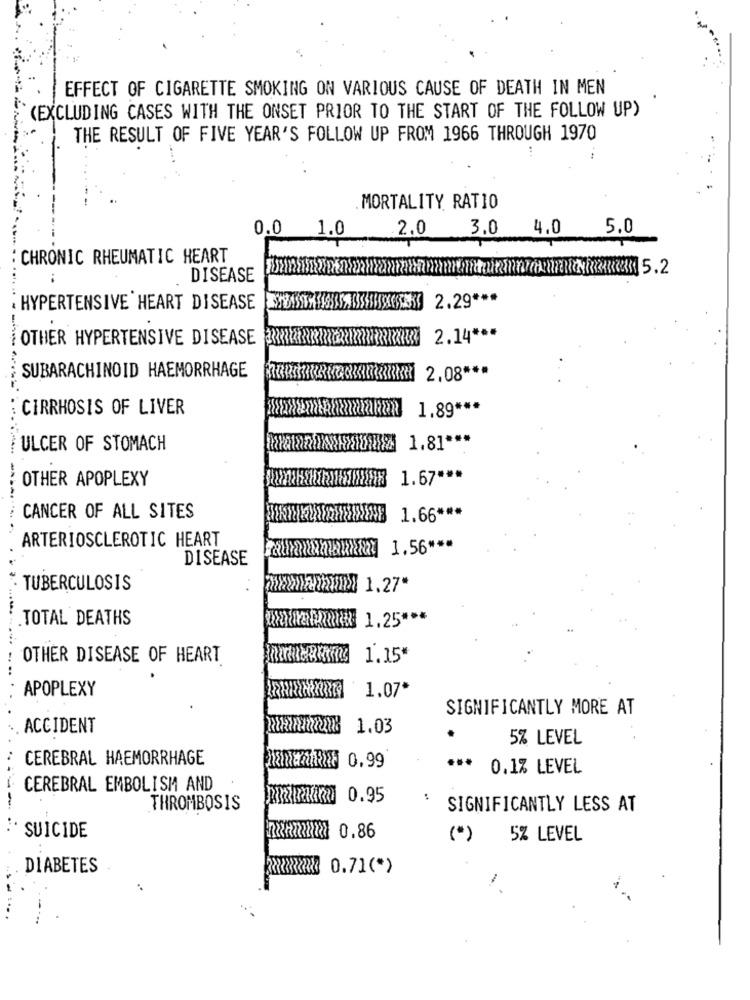
EFFECT OF CIGARETTE SMOKING ON VARIOUS CAUSE OF DEATH IN MEN
(EXCLUDING CASES WITH THE ONSET PRIOR TO THE START OF THE FOLLOW UP)
THE RESULT OF FIVE YEAR'S FOLLOW UP FROM 1966 THROUGH 1970
MORTALITY RATIO
0.0 1.0
2.0
3.0
4.0
5.0
: CHRONIC RHEUMATIC HEART
DISEASE
HYPERTENSIVE HEART DISEASE
OTHER HYPERTENSIVE DISEASE RRRRRRRRRERIKHEREARE
2.14 ***
SUBARACHINOID HAEMORRHAGE
2.08 ***
CIRRHOSIS OF LIVER
1.89 ***
ULCER OF STOMACH
1.81 ***
OTHER APOPLEXY
1.67 ***
CANCER OF ALL SITES
1.66 ***
ARTERIOSCLEROTIC HEART
1.56 ***
DISEASE
TUBERCULOSIS
>>>>>>>>> 1.27*
TOTAL DEATHS
1.25 ***
....... ..
OTHER DISEASE OF HEART
1.15
. ..
APOPLEXY
1.07*
SIGNIFICANTLY MORE AT
ACCIDENT
1.03
.
5% LEVEL
CEREBRAL HAEMORRHAGE
hh 0.99
...
0.1% LEVEL
CEREBRAL EMBOLISM AND
----
THROMBOSIS
SIGNIFICANTLY LESS AT
..
SUICIDE
0.86
(*)
5% LEVEL
DIABETES
XXXXXXX 0.71(*)